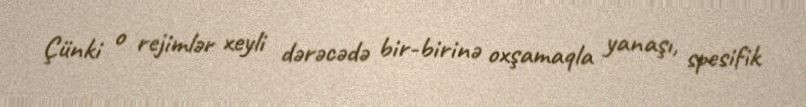
Çünki o rejimlər xeyli dərəcədə bir-birinə oxşamaqla yanaşı, spesifik